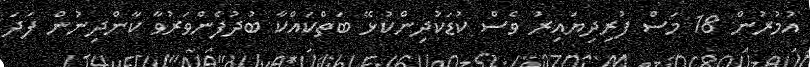
އުމުރުން 18 މަސް ފުރިދިޔައިރު ވެސް ކުޑަކުދިންކުޅޭ ބަތްކައްކާ ބުދުފެންވަރުވާ ކާންދިނުން ފަދަ